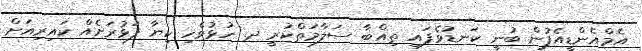
އެމްއެންޑީއެފުން ބުނީ ކަނޑުވެފައި ތިއްބާ ސަލާމަތްކުރީ ދ. ހުޅުވެހި ކިޔާ ފަޅުރަށެއް ކައިރިއަށް